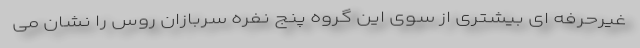
غیرحرفه ای بیشتری از سوی این گروه پنج نفره سربازان روس را نشان می